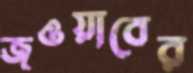
জওয়াবের